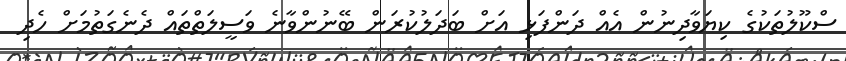
ސްކޫލުތަކުގެ ކިޔަވާދިނުން އެއް ދަންފަޅި އަށް ބަދަލުކުރަން ބޭނުންވާނެ ވަސީލަތްތައް ދެނެގަތުމަށް ހެދި